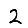
Digit: 2